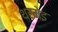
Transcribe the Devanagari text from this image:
थरमेइ